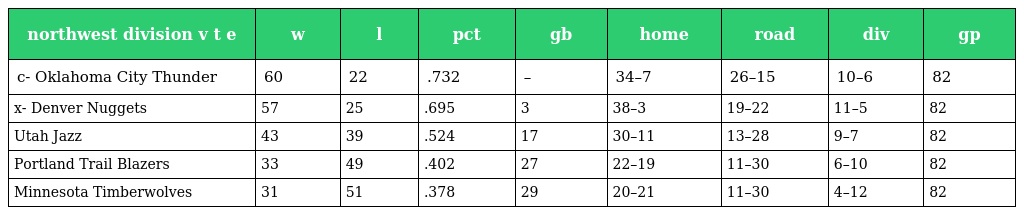
| northwest division v t e | w | l | pct | gb | home | road | div | gp |
 | --- | --- | --- | --- | --- | --- | --- | --- | --- |
 | c- Oklahoma City Thunder | 60 | 22 | .732 | – | 34–7 | 26–15 | 10–6 | 82 |
 | x- Denver Nuggets | 57 | 25 | .695 | 3 | 38–3 | 19–22 | 11–5 | 82 |
 | Utah Jazz | 43 | 39 | .524 | 17 | 30–11 | 13–28 | 9–7 | 82 |
 | Portland Trail Blazers | 33 | 49 | .402 | 27 | 22–19 | 11–30 | 6–10 | 82 |
 | Minnesota Timberwolves | 31 | 51 | .378 | 29 | 20–21 | 11–30 | 4–12 | 82 |